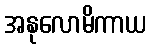
အနုလောမိကာယ